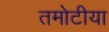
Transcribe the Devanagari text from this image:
तमोटीया